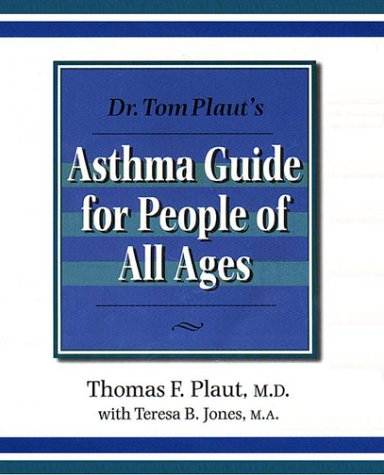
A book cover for Dr Tom Plaut's Asthma Guide for People of All Ages; Thomas F. Plaut; Health, Fitness & Dieting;